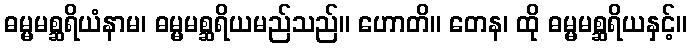
ဓမ္မမစ္ဆရိယံနာမ၊ ဓမ္မမစ္ဆရိယမည်သည်။ ဟောတိ။ တေန၊ ထို ဓမ္မမစ္ဆရိယနှင့်။